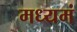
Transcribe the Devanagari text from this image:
मध्यमं